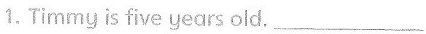
1.Timmy is five years old.